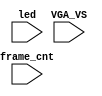
`timescale 1ns/1ps

module mister_dump(
    input           VGA_VS,
    input           led,
    input   [31:0]  frame_cnt
);

`ifdef DUMP
`ifndef NCVERILOG // iVerilog:
    initial begin
        // #(200*100*1000*1000);
        $display("DUMP enabled");
        `ifdef IVERILOG
            $dumpfile("test.lxt");
        `else
            $dumpfile("test.vcd");
        `endif
    end
    `ifdef LOADROM
    always @(negedge led) if( $time > 20000 ) begin // led = downloading signal
        $display("DUMP starts");
        $dumpvars(0,mister_test);
        $dumpon;
    end
    `else
        `ifdef DUMP_START
        always @(negedge VGA_VS) if( frame_cnt==`DUMP_START ) begin
        `else
            initial begin
        `endif
            $display("DUMP starts");
            `ifdef DEEPDUMP
                $dumpvars(0,mister_test);
            `else
                $dumpvars(1,mister_test.UUT.u_game.u_main);
            `endif
            $dumpon;
        end
    `endif
`else // NCVERILOG
    `ifdef DUMP_START
    always @(negedge VGA_VS) if( frame_cnt==`DUMP_START ) begin
    `else
    initial begin
    `endif
        $display("NC Verilog: will dump all signals");
        $shm_open("test.shm");
        `ifdef DEEPDUMP
            $shm_probe(mister_test,"AS");
        `else
            $shm_probe(UUT.u_game.u_prom_we,"AS");
            $shm_probe(UUT.u_base.u_sdram,"AS");
        `endif
    end
`endif
`endif

endmodule // mist_dump